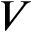
V